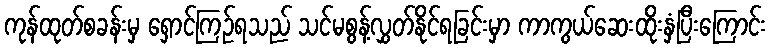
ကုန်ထုတ်စခန်းမှ ရှောင်ကြဉ်ရသည် သင်မစွန့်လွှတ်နိုင်ရခြင်းမှာ ကာကွယ်ဆေးထိုးနှံပြီးကြောင်း